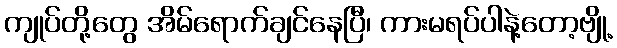
ကျုပ်တို့တွေ အိမ်ရောက်ချင်နေပြီ၊ ကားမရပ်ပါနဲ့တော့ဗျို့